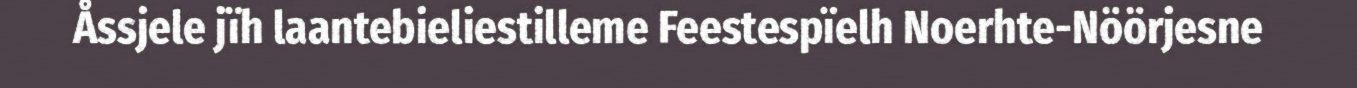
Åssjele jïh laantebieliestilleme Feestespïelh Noerhte-Nöörjesne